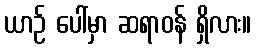
ယာဉ် ပေါ်မှာ ဆရာဝန် ရှိလား။